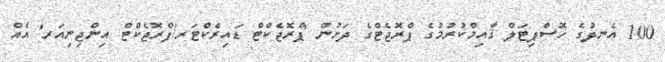
100 އެނދުގެ ހޮސްޕިޓަލް ޤާއިމްކުރުމުގެ ޕްރޮޖެޓްގެ ދަށުން 'ޕްރޮޖެކްޓް ޑައިރެކްޓަރ/ޕްރޮޖެކްޓް އިންޖިނިއަރ' އެއް